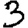
Digit: 3